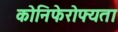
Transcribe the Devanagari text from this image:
कोनिफेरोफ्यता